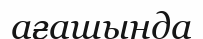
ағашында